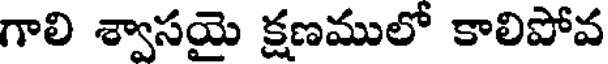
గాలి శ్వాసయై క్షణములో కాలిపోవ